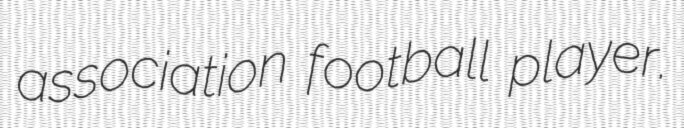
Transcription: association football player.